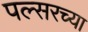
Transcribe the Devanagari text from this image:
पल्सरच्या